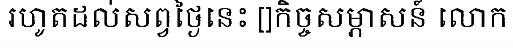
រហូតដល់សព្វថ្ងៃនេះ []កិច្ចសម្ភាសន៍ លោក